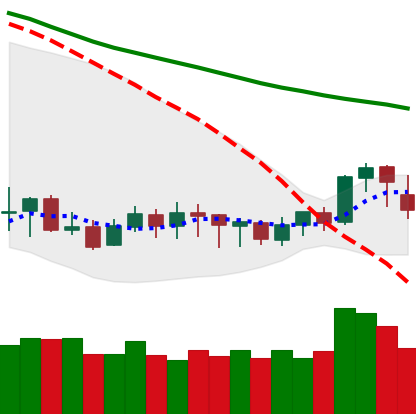
Ticker: XLM-USD
Chart end date: 2020-01-09
Forward return: 12.177%
Label: up_7plus